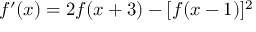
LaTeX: f ^ { \prime } ( x ) = 2 f ( x + 3 ) - [ f ( x - 1 ) ] ^ { 2 }